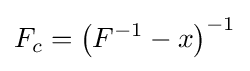
F_{c}=\left(F^{-1}-x\right)^{-1}